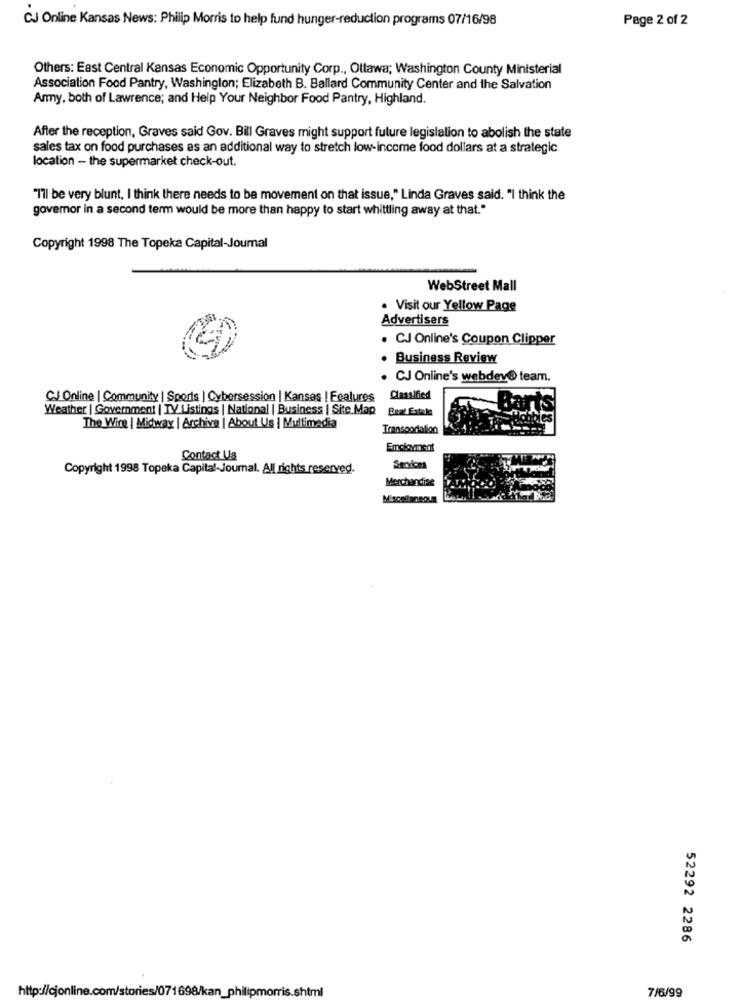
CJ Online Kansas News: Philip Morris to help fund hunger-reduction programs 07/16/98
Page 2 of 2
Others: East Central Kansas Economic Opportunity Corp ., Ottawa; Washington County Ministerial
Association Food Pantry, Washington; Elizabeth B. Ballard Community Center and the Salvation
Army, both of Lawrence; and Help Your Neighbor Food Pantry, Highland.
After the reception, Graves said Gov. Bill Graves might support future legislation to abolish the state
sales tax on food purchases as an additional way to stretch low-income food dollars at a strategic
location - the supermarket check-out.
"I'll be very blunt, I think there needs to be movement on that issue," Linda Graves said. "I think the
governor in a second term would be more than happy to start whittling away at that."
Copyright 1998 The Topeka Capital-Joumal
WebStreet Mall
. Visit our Yellow Page
Advertisers
. CJ Online's Coupon Clipper
Business Review
CJ Online's webdev@ team.
CJ Online | Community | Sports | Cybersession | Kansas | Features
Classified
Weather | Government | TV Listings | National | Business | Site Map
Beat Estale
The Wire | Midway | Archive | About Us | Multimedia
Transportallon
Employment
Contact Us
Copyright 1998 Topeka Capital-Journal. All rights reserved.
Seoions
Merchandise
Miscellaneous
52292 2286
http://cjonline.com/stories/071698/kan_philipmorris.shtml
7/6/99